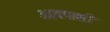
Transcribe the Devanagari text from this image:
आवपाशी